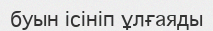
буын ісініп ұлғаяды